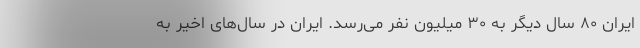
ایران ۸۰ سال دیگر به ۳۰ میلیون نفر می‌رسد. ایران در سال‌های اخیر به